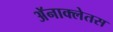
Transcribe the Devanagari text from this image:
अॅनाक्लेतस